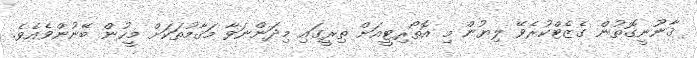
ޤާނޫނީގޮތުން ގެޒެޓްކުރެވޭ ލިޔުން މި އޮތޯރިޓީއަށް ތިރީގައި މިދަންނަވާ މަޤާމުތަކަށް މީހުން ބޭނުންވެއެވެ.